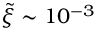
\tilde { \xi } \sim 1 0 ^ { - 3 }